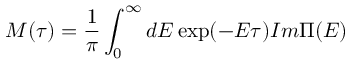
M ( \tau ) = \frac 1 \pi \int _ { 0 } ^ { \infty } d E \exp ( - E \tau ) { I m } \Pi ( E )